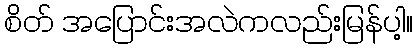
စိတ် အပြောင်းအလဲကလည်းမြန်ပါ့။